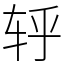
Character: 轷